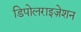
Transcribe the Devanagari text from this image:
डिपोलराइज़ेशन